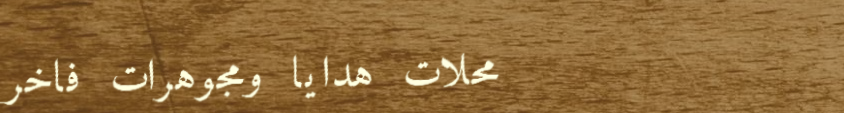
محلات هدايا ومجوهرات فاخر